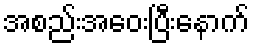
အစည်းအဝေးပြီးနောက်